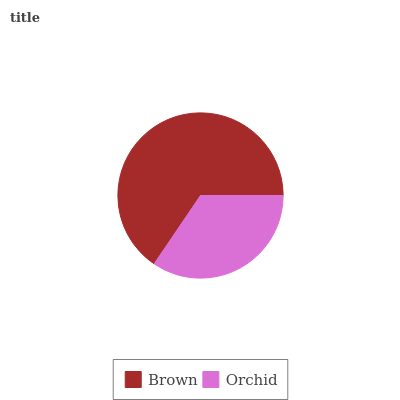
| Brown | Orchid |
 | --- | --- |
 | 65.5% | 34.5% |